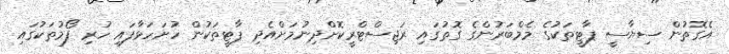
އެގޮތުން ސިޔާސީ ޕާޓީތަކުގެ މެމްބަރުންގެ ގޮތުގައި ރަޖިސްޓްރީކޮށްދިނުމަށްއެދި ޕާޓީތަކުން ހުށަހަޅާފައި ހުރި ފޯމުތަކުގައި